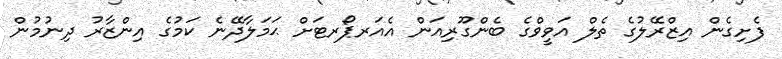
ފެށިގެން އިޒްރޭލުގެ ތެލް އަވީވްގެ ބެންގޫރިއަން އެއަރޕޯރޓަށް ޙަމަލާދޭނެ ކަމުގެ އިންޒާރު ދިނުމުން